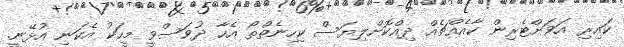
ކައިރި އަވަށްޓެރިން ކާއެއްޗެއް ދިއްކޮށްލިޔަސް ކިހިނެތްތޯ އެހާ ދުވަސްވީ މީހަކު އެކަނި އުޅޭނީ.